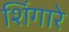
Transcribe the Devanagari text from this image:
शिंगारे